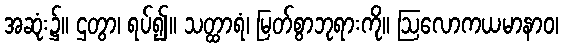
အဆုံး၌။ ဌတွာ၊ ရပ်၍။ သတ္ထာရံ၊ မြတ်စွာဘုရားကို။ ဩလောကယမာနာဝ၊